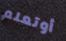
أوتعلم